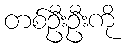
တစ်ဦးဦးကို